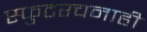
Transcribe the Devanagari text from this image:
स्फुटरचनाही